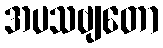
အပသဗျတော